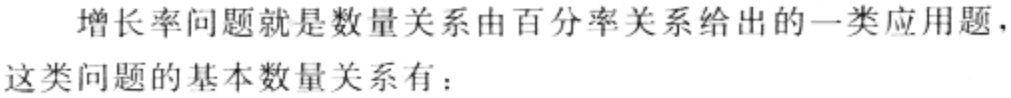
增长率问题就是数量关系由百分率关系给出的一类应用题，
这类问题的基本数量关系有：